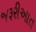
જરૂરીઆત